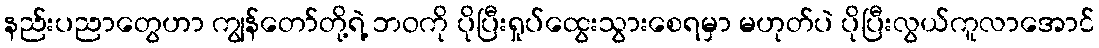
နည်းပညာတွေဟာ ကျွန်တော်တို့ရဲ့ ဘဝကို ပိုပြီးရှုပ်ထွေးသွားစေရမှာ မဟုတ်ပဲ ပိုပြီးလွယ်ကူလာအောင်